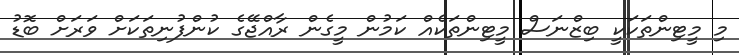
މި މީޓިންތަކަކީ ބިޒްނަސް މީޓިންތަކެއް ކަމުން މީގެން ރާއްޖޭގެ ކުންފުނިތަކަށް ވަރަށް ބޮޑު